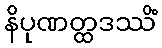
နိပုဏတ္ထဒဿိံ